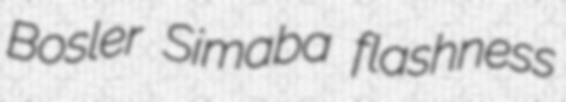
Bosler Simaba flashness